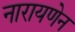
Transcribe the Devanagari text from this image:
नारायणेन